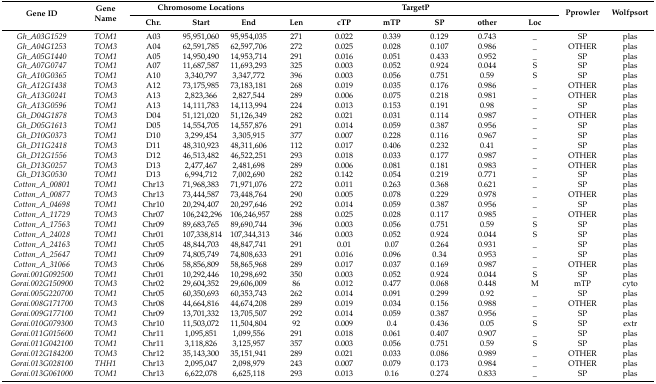
<table><thead><tr><td rowspan="2"><b>Gene ID</b></td><td rowspan="2"><b>Gene Name</b></td><td colspan="3"><b>Chromosome Locations</b></td><td colspan="6"><b>TargetP</b></td><td rowspan="2"><b>Pprowler</b></td><td rowspan="2"><b>Wolfpsort</b></td></tr><tr><td><b>Chr.</b></td><td><b>Start</b></td><td><b>End</b></td><td><b>Len</b></td><td><b>cTP</b></td><td><b>mTP</b></td><td><b>SP</b></td><td><b>other</b></td><td><b>Loc</b></td></tr></thead><tbody><tr><td><i>Gh_A03G1529</i></td><td><i>TOM1</i></td><td>A03</td><td>95,951,060</td><td>95,954,035</td><td>271</td><td>0.022</td><td>0.339</td><td>0.129</td><td>0.743</td><td>_</td><td>SP</td><td>plas</td></tr><tr><td><i>Gh_A04G1253</i></td><td><i>TOM3</i></td><td>A04</td><td>62,591,785</td><td>62,597,706</td><td>272</td><td>0.025</td><td>0.028</td><td>0.107</td><td>0.986</td><td>_</td><td>OTHER</td><td>plas</td></tr><tr><td><i>Gh_A05G1440</i></td><td><i>TOM1</i></td><td>A05</td><td>14,950,490</td><td>14,953,714</td><td>291</td><td>0.016</td><td>0.051</td><td>0.433</td><td>0.952</td><td>_</td><td>SP</td><td>plas</td></tr><tr><td><i>Gh_A07G0747</i></td><td><i>TOM1</i></td><td>A07</td><td>11,687,587</td><td>11,693,293</td><td>325</td><td>0.003</td><td>0.052</td><td>0.924</td><td>0.044</td><td>S</td><td>SP</td><td>plas</td></tr><tr><td><i>Gh_A10G0365</i></td><td><i>TOM1</i></td><td>A10</td><td>3,340,797</td><td>3,347,772</td><td>396</td><td>0.003</td><td>0.056</td><td>0.751</td><td>0.59</td><td>S</td><td>SP</td><td>plas</td></tr><tr><td><i>Gh_A12G1438</i></td><td><i>TOM3</i></td><td>A12</td><td>73,175,985</td><td>73,183,181</td><td>268</td><td>0.019</td><td>0.035</td><td>0.176</td><td>0.986</td><td>_</td><td>OTHER</td><td>plas</td></tr><tr><td><i>Gh_A13G0241</i></td><td><i>TOM3</i></td><td>A13</td><td>2,823,366</td><td>2,827,544</td><td>289</td><td>0.006</td><td>0.075</td><td>0.218</td><td>0.981</td><td>_</td><td>OTHER</td><td>plas</td></tr><tr><td><i>Gh_A13G0596</i></td><td><i>TOM1</i></td><td>A13</td><td>14,111,783</td><td>14,113,994</td><td>224</td><td>0.013</td><td>0.153</td><td>0.191</td><td>0.98</td><td>_</td><td>SP</td><td>plas</td></tr><tr><td><i>Gh_D04G1878</i></td><td><i>TOM3</i></td><td>D04</td><td>51,121,020</td><td>51,126,349</td><td>282</td><td>0.021</td><td>0.031</td><td>0.114</td><td>0.987</td><td>_</td><td>OTHER</td><td>plas</td></tr><tr><td><i>Gh_D05G1613</i></td><td><i>TOM1</i></td><td>D05</td><td>14,554,705</td><td>14,557,876</td><td>291</td><td>0.014</td><td>0.059</td><td>0.387</td><td>0.956</td><td>_</td><td>SP</td><td>plas</td></tr><tr><td><i>Gh_D10G0373</i></td><td><i>TOM1</i></td><td>D10</td><td>3,299,454</td><td>3,305,915</td><td>377</td><td>0.007</td><td>0.228</td><td>0.116</td><td>0.967</td><td>_</td><td>SP</td><td>plas</td></tr><tr><td><i>Gh_D11G2418</i></td><td><i>TOM3</i></td><td>D11</td><td>48,310,923</td><td>48,311,606</td><td>112</td><td>0.017</td><td>0.406</td><td>0.232</td><td>0.41</td><td>_</td><td>SP</td><td>plas</td></tr><tr><td><i>Gh_D12G1556</i></td><td><i>TOM3</i></td><td>D12</td><td>46,513,482</td><td>46,522,251</td><td>293</td><td>0.018</td><td>0.033</td><td>0.177</td><td>0.987</td><td>_</td><td>OTHER</td><td>plas</td></tr><tr><td><i>Gh_D13G0257</i></td><td><i>TOM3</i></td><td>D13</td><td>2,477,467</td><td>2,481,698</td><td>289</td><td>0.006</td><td>0.081</td><td>0.181</td><td>0.983</td><td>_</td><td>OTHER</td><td>plas</td></tr><tr><td><i>Gh_D13G0530</i></td><td><i>TOM1</i></td><td>D13</td><td>6,994,712</td><td>7,002,690</td><td>282</td><td>0.142</td><td>0.054</td><td>0.219</td><td>0.771</td><td>_</td><td>SP</td><td>plas</td></tr><tr><td><i>Cotton_A_00801</i></td><td><i>TOM1</i></td><td>Chr13</td><td>71,968,383</td><td>71,971,076</td><td>272</td><td>0.011</td><td>0.263</td><td>0.368</td><td>0.621</td><td>_</td><td>SP</td><td>plas</td></tr><tr><td><i>Cotton_A_00877</i></td><td><i>TOM3</i></td><td>Chr13</td><td>73,444,587</td><td>73,448,764</td><td>290</td><td>0.005</td><td>0.078</td><td>0.229</td><td>0.978</td><td>_</td><td>OTHER</td><td>plas</td></tr><tr><td><i>Cotton_A_04698</i></td><td><i>TOM1</i></td><td>Chr10</td><td>20,294,407</td><td>20,297,646</td><td>292</td><td>0.014</td><td>0.059</td><td>0.387</td><td>0.956</td><td>_</td><td>SP</td><td>plas</td></tr><tr><td><i>Cotton_A_11729</i></td><td><i>TOM3</i></td><td>Chr07</td><td>106,242,296</td><td>106,246,957</td><td>288</td><td>0.025</td><td>0.028</td><td>0.117</td><td>0.985</td><td>_</td><td>OTHER</td><td>plas</td></tr><tr><td><i>Cotton_A_17563</i></td><td><i>TOM1</i></td><td>Chr09</td><td>89,683,765</td><td>89,690,744</td><td>396</td><td>0.003</td><td>0.056</td><td>0.751</td><td>0.59</td><td>S</td><td>SP</td><td>plas</td></tr><tr><td><i>Cotton_A_24028</i></td><td><i>TOM1</i></td><td>Chr01</td><td>107,338,814</td><td>107,344,313</td><td>346</td><td>0.003</td><td>0.052</td><td>0.924</td><td>0.044</td><td>S</td><td>SP</td><td>plas</td></tr><tr><td><i>Cotton_A_24163</i></td><td><i>TOM1</i></td><td>Chr05</td><td>48,844,703</td><td>48,847,741</td><td>291</td><td>0.01</td><td>0.07</td><td>0.264</td><td>0.931</td><td>_</td><td>SP</td><td>plas</td></tr><tr><td><i>Cotton_A_25647</i></td><td><i>TOM1</i></td><td>Chr09</td><td>74,805,749</td><td>74,808,633</td><td>291</td><td>0.016</td><td>0.096</td><td>0.34</td><td>0.953</td><td>_</td><td>SP</td><td>plas</td></tr><tr><td><i>Cotton_A_31066</i></td><td><i>TOM3</i></td><td>Chr06</td><td>58,856,809</td><td>58,865,968</td><td>289</td><td>0.017</td><td>0.037</td><td>0.169</td><td>0.987</td><td>_</td><td>OTHER</td><td>plas</td></tr><tr><td><i>Gorai.001G092500</i></td><td><i>TOM1</i></td><td>Chr01</td><td>10,292,446</td><td>10,298,692</td><td>350</td><td>0.003</td><td>0.052</td><td>0.924</td><td>0.044</td><td>S</td><td>SP</td><td>plas</td></tr><tr><td><i>Gorai.002G150900</i></td><td><i>TOM3</i></td><td>Chr02</td><td>29,604,352</td><td>29,606,009</td><td>86</td><td>0.012</td><td>0.477</td><td>0.068</td><td>0.448</td><td>M</td><td>mTP</td><td>cyto</td></tr><tr><td><i>Gorai.005G220700</i></td><td><i>TOM1</i></td><td>Chr05</td><td>60,350,693</td><td>60,353,743</td><td>262</td><td>0.014</td><td>0.091</td><td>0.299</td><td>0.92</td><td>_</td><td>SP</td><td>plas</td></tr><tr><td><i>Gorai.008G171700</i></td><td><i>TOM3</i></td><td>Chr08</td><td>44,664,816</td><td>44,674,208</td><td>289</td><td>0.019</td><td>0.034</td><td>0.156</td><td>0.988</td><td>_</td><td>OTHER</td><td>plas</td></tr><tr><td><i>Gorai.009G177100</i></td><td><i>TOM1</i></td><td>Chr09</td><td>13,701,332</td><td>13,705,507</td><td>292</td><td>0.014</td><td>0.059</td><td>0.387</td><td>0.956</td><td>_</td><td>SP</td><td>plas</td></tr><tr><td><i>Gorai.010G079300</i></td><td><i>TOM3</i></td><td>Chr10</td><td>11,503,072</td><td>11,504,804</td><td>92</td><td>0.009</td><td>0.4</td><td>0.436</td><td>0.05</td><td>S</td><td>SP</td><td>extr</td></tr><tr><td><i>Gorai.011G015600</i></td><td><i>TOM1</i></td><td>Chr11</td><td>1,095,851</td><td>1,099,556</td><td>291</td><td>0.018</td><td>0.061</td><td>0.407</td><td>0.907</td><td>_</td><td>SP</td><td>plas</td></tr><tr><td><i>Gorai.011G042100</i></td><td><i>TOM1</i></td><td>Chr11</td><td>3,118,826</td><td>3,125,957</td><td>357</td><td>0.003</td><td>0.056</td><td>0.751</td><td>0.59</td><td>S</td><td>SP</td><td>plas</td></tr><tr><td><i>Gorai.012G184200</i></td><td><i>TOM3</i></td><td>Chr12</td><td>35,143,300</td><td>35,151,941</td><td>289</td><td>0.021</td><td>0.033</td><td>0.086</td><td>0.989</td><td>_</td><td>OTHER</td><td>plas</td></tr><tr><td><i>Gorai.013G028100</i></td><td><i>THH1</i></td><td>Chr13</td><td>2,095,047</td><td>2,098,979</td><td>243</td><td>0.007</td><td>0.079</td><td>0.173</td><td>0.984</td><td>_</td><td>OTHER</td><td>plas</td></tr><tr><td><i>Gorai.013G061000</i></td><td><i>TOM1</i></td><td>Chr13</td><td>6,622,078</td><td>6,625,118</td><td>293</td><td>0.013</td><td>0.16</td><td>0.274</td><td>0.833</td><td>_</td><td>SP</td><td>plas</td></tr></tbody></table>